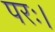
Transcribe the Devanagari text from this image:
परः।